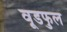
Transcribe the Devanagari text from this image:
वूडफुल